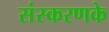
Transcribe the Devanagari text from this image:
संस्‍करणके